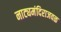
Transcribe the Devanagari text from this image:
नाट्यमंदिराजवळ